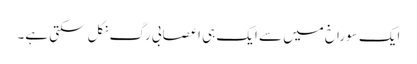
ایک سوراخ میں سے ایک ہی اعصابی رگ نکل سکتی ہے۔